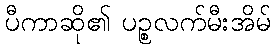
ပီကာဆို၏ ပဉ္စလက်မီးအိမ်